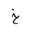
Letter: _kha